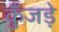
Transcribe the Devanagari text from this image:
कुँजड़े